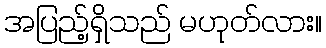
အပြည့်ရှိသည် မဟုတ်လား။